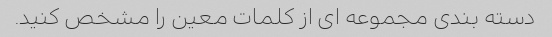
دسته بندی مجموعه ای از کلمات معین را مشخص کنید.